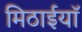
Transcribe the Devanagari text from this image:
मिठाईयाॅ